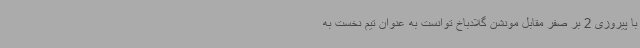
با پیروزی 2 بر صفر مقابل مونشن گلادباخ توانست به عنوان تیم نخست به